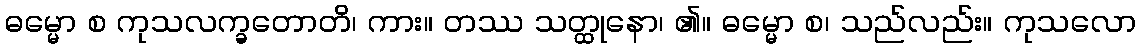
ဓမ္မော စ ကုသလက္ခတောတိ၊ ကား။ တဿ သတ္ထုနော၊ ၏။ ဓမ္မော စ၊ သည်လည်း။ ကုသလော